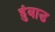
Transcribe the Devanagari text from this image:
हुंबाड